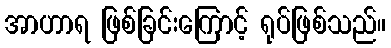
အာဟာရ ဖြစ်ခြင်းကြောင့် ရုပ်ဖြစ်သည်။